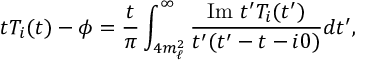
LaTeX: t T _ { i } ( t ) - \phi = \frac { t } { \pi } \int _ { 4 m _ { \ell } ^ { 2 } } ^ { \infty } \frac { \mathrm { I m } \, \, t ^ { \prime } T _ { i } ( t ^ { \prime } ) } { t ^ { \prime } ( t ^ { \prime } - t - i 0 ) } d t ^ { \prime } ,